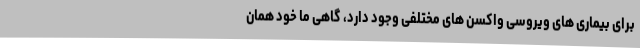
برای بیماری های ویروسی واکسن های مختلفی وجود دارد، گاهی ما خود همان